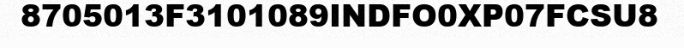
8705013F3101089INDFO0XP07FCSU8